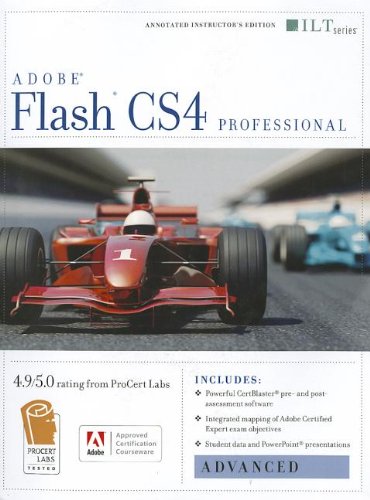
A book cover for Flash Cs4 Professional: Advanced + Certblaster (ILT); Computers & Technology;